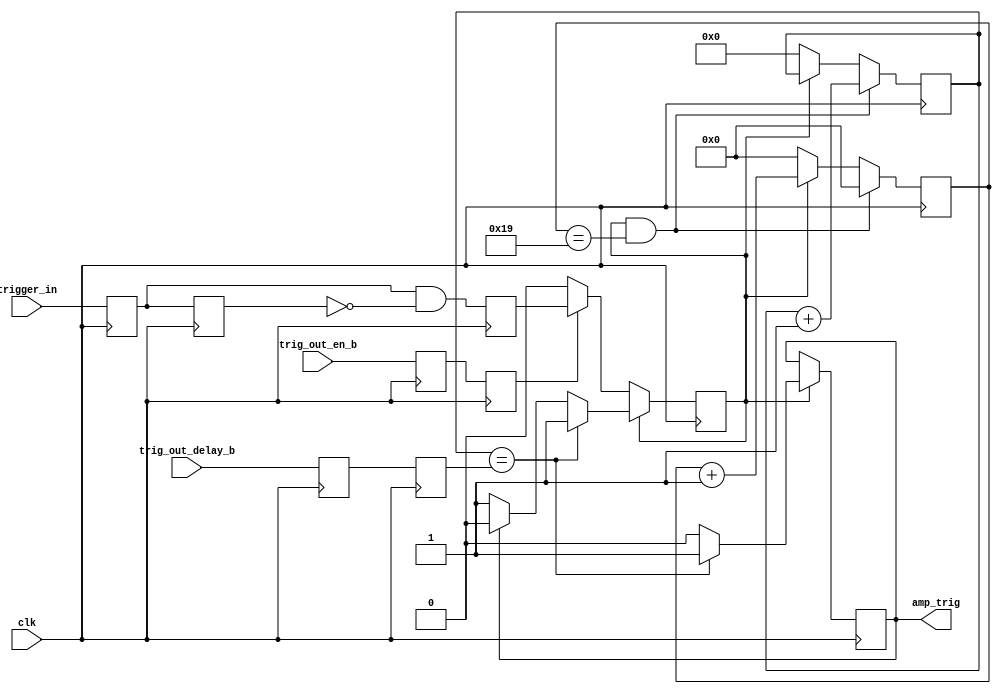
`timescale 1ns / 1ps
//////////////////////////////////////////////////////////////////////////////////
// Company: 
// Engineer: 
// 
// Design Name: 
// Module Name:    AmpTrig 
// Project Name: 
// Target Devices: 
// Tool versions: 
// Description: 
//
// Dependencies: 
//
// Revision: 
// Revision 0.01 - File Created
// Additional Comments: 
//
//////////////////////////////////////////////////////////////////////////////////
module AmpTrig2(
    input clk,
    input trigger_in,
	 input trig_out_en_b,
	 input [6:0] trig_out_delay_b,
    output reg amp_trig = 1'b0
    );

//parameter TRIG_BLK_SIZE = 5'd20;
parameter TRIG_BLK_SIZE = 5'd26; //extend trigger delay range from zero (start of warm up - 3300 cycles before sampling) and just after sampling window starts
											// ie. 3300 / 128 = 26


reg trigger_a = 1'b0, trigger_b = 1'b0, trigd = 1'b0, trig_out_en = 1'b0, trig_out_en_a = 1'b0;//, trig_out_gate = 1'b0;
reg trig_reg = 1'b0;
reg [6:0] trig_out_delay = 7'd0, trig_out_delay_a = 7'd0;
reg [6:0] trig_mstr_ctr = 7'd0;
reg [4:0] trig_blk_ctr = 5'd0;


always @(posedge clk) begin
	trigger_a <= trigger_in;
	trigger_b <= trigger_a;
	trig_out_en <= trig_out_en_a;
	trig_out_en_a <= trig_out_en_b;
	trig_out_delay <= trig_out_delay_a;
	trig_out_delay_a <= trig_out_delay_b;

	trig_reg <= trigger_a & ~trigger_b;
	if (~trigd) begin
		trigd <= (trig_out_en) ? trig_reg : trigd; //leading edge detector on trigger_in
		amp_trig <= amp_trig;
	end else if (trig_mstr_ctr == trig_out_delay) begin
		amp_trig <= 1'b1;
		//amp_trig <= (trig_out_en && ~amp_trig) ? 1'b1 : amp_trig;
		//amp_trig <= (trig_out_en) ? 1 : 0;
		trigd <= trigd;
	end else if (amp_trig) begin
		amp_trig <= 1'b0;
		trigd <= 1'b0;
	end else begin
		amp_trig <= amp_trig;
		trigd <= trigd;
	end
	

		
	
	//trig_out_gate <= (trig_out_delay == 7'd0) ? 0 : trig_out_en;
	
	//amp_trig <= ((trig_mstr_ctr == trig_out_delay) && trig_out_gate) ? 1 : 0;
	
	if (trigd && (trig_blk_ctr==TRIG_BLK_SIZE-1)) begin
		trig_mstr_ctr <= trig_mstr_ctr + 1'b1;
		trig_blk_ctr <= 5'd0;
		end
	else if (trigd) begin
		trig_mstr_ctr <= trig_mstr_ctr;
		trig_blk_ctr <= trig_blk_ctr + 1'b1;
		end
	else begin
		trig_mstr_ctr <= 7'd0;
		trig_blk_ctr <= 5'd0;
		end
	end
endmodule